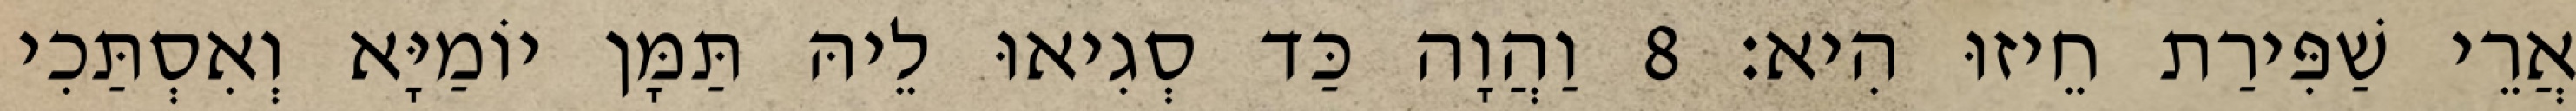
אֲרֵי שַׁפִּירַת חֵיזוּ הִיא׃ 8 וַהֲוָה כַּד סְגִיאוּ לֵיהּ תַּמָּן יוֹמַיָּא וְאִסְתַּכִי